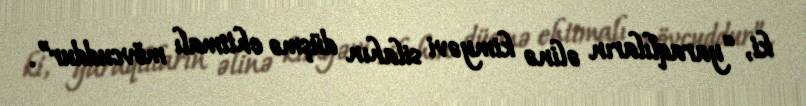
ki, “yaraqlıların əlinə kimyəvi silahın düşmə ehtimalı mövcuddur”.